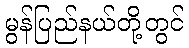
မွန်ပြည်နယ်တို့တွင်